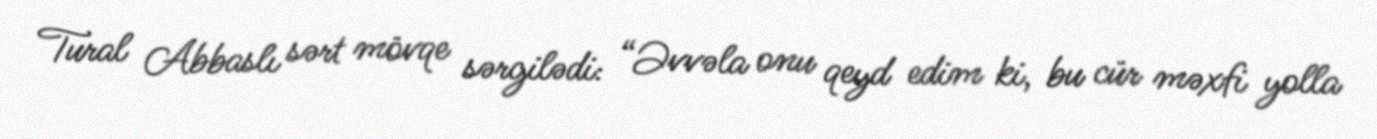
Tural Abbaslı sərt mövqe sərgilədi: “Əvvəla onu qeyd edim ki, bu cür məxfi yolla